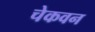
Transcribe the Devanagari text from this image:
चेकवन